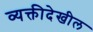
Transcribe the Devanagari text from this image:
व्यक्तीदेखील